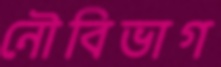
নৌবিভাগ